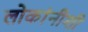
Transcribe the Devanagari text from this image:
लोकांनीशी